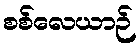
စစ်လေယာဉ်